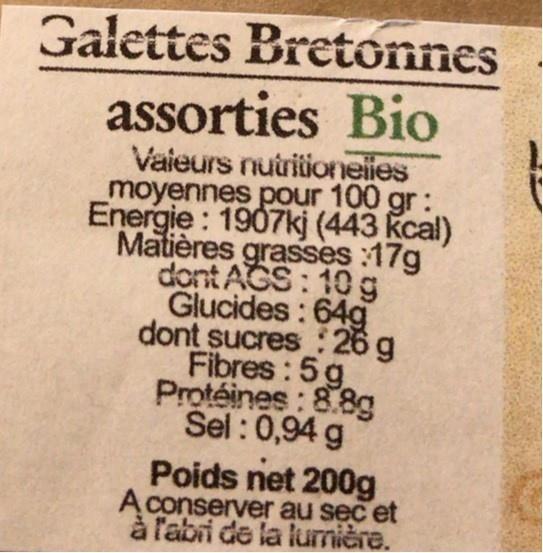
Galettes Bretonnes
assorties Bio Vaieurs nutritioneiies moyennes pour 100 gr: Energie : 1907kj (443 kcal) Matières grasses :17g dont AGS: 10 g Glucides : 64g dont sucres : 26 g Fibres: 5g Protéines: 8.8g Sel : 0,94 g
Poids net 200g A conserver au sec et à labri de la lumière.